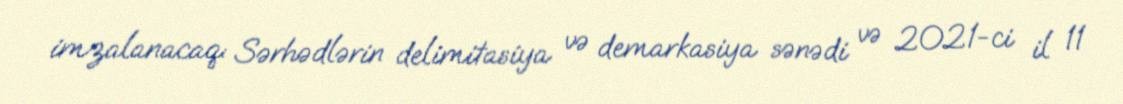
imzalanacaq: Sərhədlərin delimitasiya və demarkasiya sənədi və 2021-ci il 11